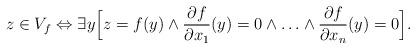
LaTeX: \begin{align*}z\in V_{f}\Leftrightarrow\exists y\Big[z=f(y)\wedge\dfrac{\partial f}{\partial x_{1}}(y)=0 \wedge \ldots \wedge \dfrac{\partial f}{\partial x_{n}}(y)=0\Big].\end{align*}